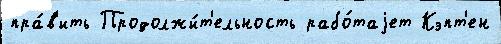
пра́в'ить Продолжи́т'ельность рабо́таjет Кэпт'ен